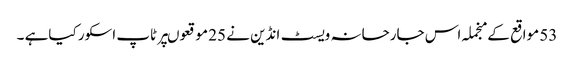
53 مواقع کے منجملہ اس جارحانہ ویسٹ انڈین نے 25 موقعوںپر ٹاپ اسکور کیاہے ۔